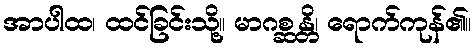
အာပါထ၊ ထင်ခြင်းသို့။ မာဂစ္ဆန္တိ၊ ရောက်ကုန်၏။